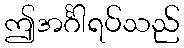
ဤအင်္ဂါရပ်သည်